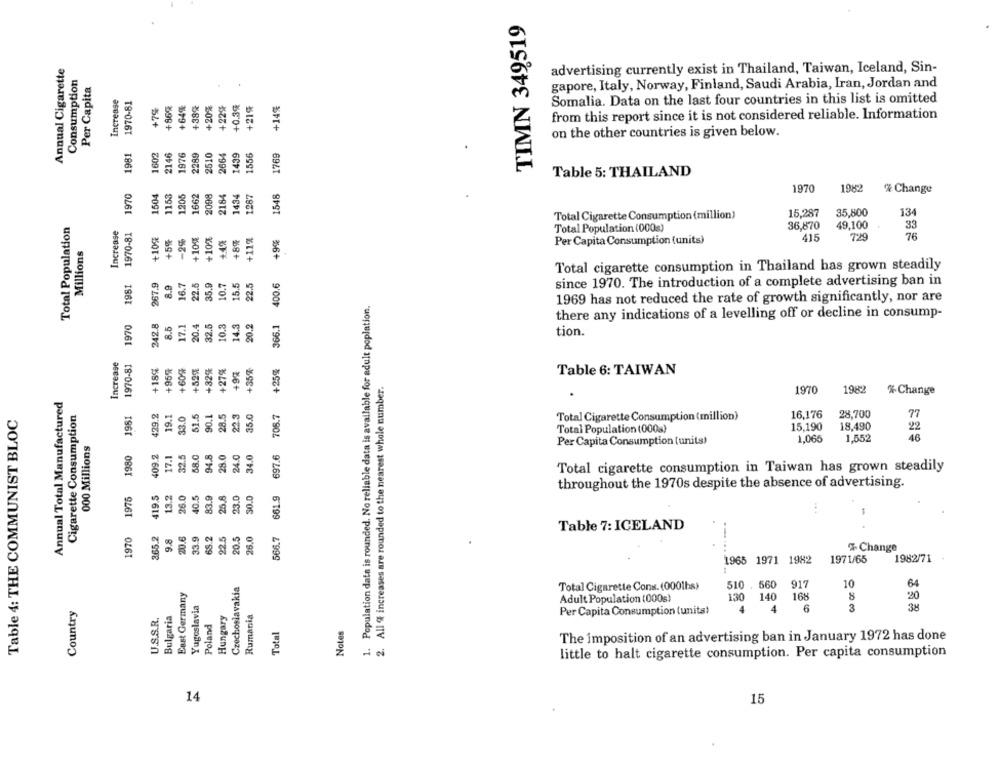
TIMN 349519
Annual Cigarette
advertising currently exist in Thailand, Taiwan, Iceland, Sin-
Consumption
Per Capita
gapore, Italy, Norway, Finland, Saudi Arabia, Iran, Jordan and
Increase
1970-81
+86%
+64%
+38%
+20%
+22%
+0.3%
+219
+14%
Somalia. Data on the last four countries in this list is omitted
from this report since it is not considered reliable. Information
2
on the other countries is given below.
1602
2146
1976
2510
1769
1981
2289
2664
1439
1556
Table 5: THAILAND
1548
1970
1504
1153
1205
1662
2098
2184
1434
1287
1970
1982
% Change
Total Cigarette Consumption (million)
15,287
35,800
134
Total Population
Increase
1970-81
+11%
Total Population (000s)
36,870
49,100
33
+10%
+5%
-2%
+10%
+10%
+8%
+9%
415
729
76
Millions
Per Capita Consumption (units)
Total cigarette consumption in Thailand has grown steadily
267.9
16.7
22.5
35.9
10.7
15.5
22.5
400.6
1981
8.9
since 1970. The introduction of a complete advertising ban in
1. Population data is rounded. No reliable data is available for adult poplation.
1969 has not reduced the rate of growth significantly, nor are
366.1
there any indications of a levelling off or decline in consump-
1970
242.8
17.1
20.4
32.5
10.3
14.3
20.2
tion.
Increase
1970-81
+60%
+25%
+18%
+959
-52%
+32%
+27%
+99
+35%
Table 6: TAIWAN
2. All & increases are rounded to the nearest whole number.
1970
1982
% Change
Annual Total Manufactured
61.5
90.1
28.5
35.0
708.7
Table 4: THE COMMUNIST BLOC
Cigarette Consumption
1981
429.2
19.1
33.0
22.3
16,176
28,700
77
Total Cigarette Consumption (million)
Total Population (000s)
15,190
18,490
22
46
000 Millions
Per Capita Consumption (units)
1,066
1,552
1980
17.1
32.5
58.0
94.8
28.0
24.0
34.0
697.6
Total cigarette consumption in Taiwan has grown steadily
8
1975
419.5
13.2
26.0
83.9
25.8
3.0
30.0
661.9
throughout the 1970s despite the absence of advertising.
33.9
68.2
22.5
Table 7: ICELAND
365.2
9.8
20.6
20.5
26.0
566.7
8
% Change
1965 1971 1982
1971/65
1982/71
Czechoslavakia
917
10
East Germany
Total Cigarette Cons. (0001hs)
510 . 560
Adult Population (000s)
130
140
168
8
20
Country
Yugoslavia
U.S.S.R.
Bulgaria
Hungary
Rumania
Per Capita Consumption (units!
4
3
38
Poland
Total
Notes
The imposition of an advertising ban in January 1972 has done
little to halt cigarette consumption. Per capita consumption
14
15